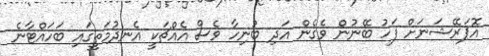
އޮޕަރޭޝަނަށް ފަހު ބޭނުން ވެގެން އަދި ބުނިހާ ވެސް އެއްޗަކީ އެނދުމަތީގައި ބަހައްޓާނެ